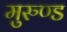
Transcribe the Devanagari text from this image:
मुरुण्ड